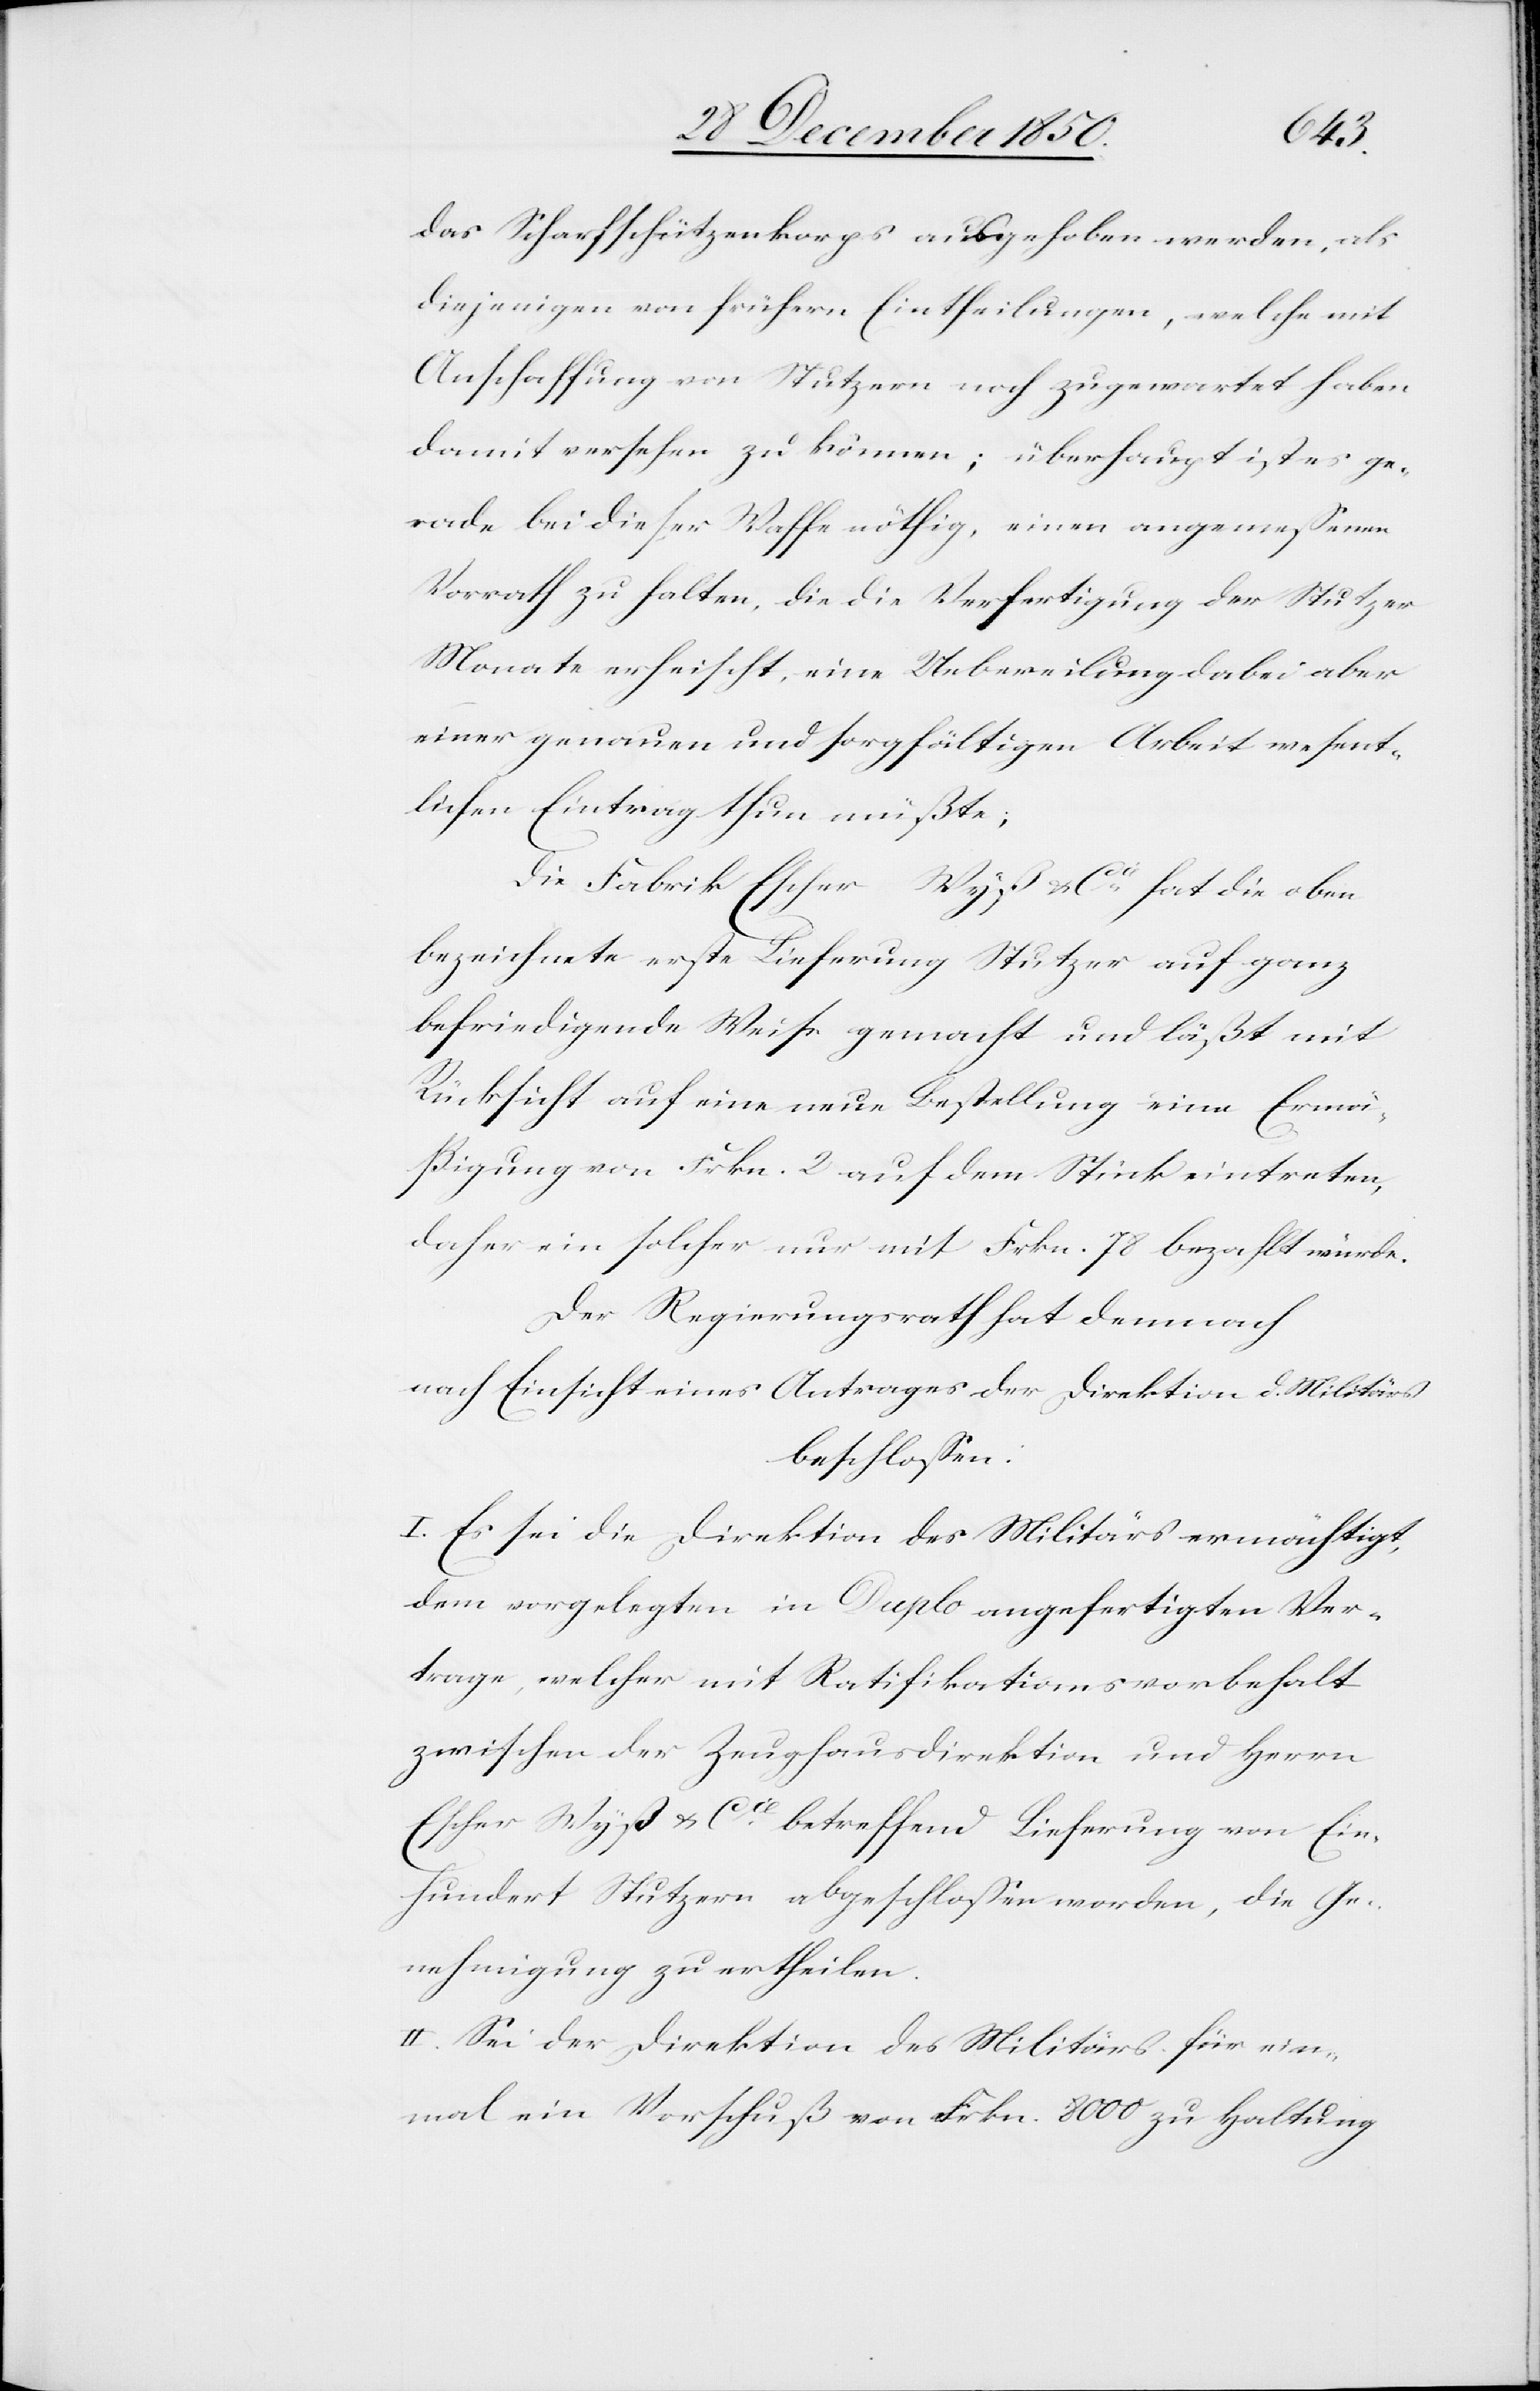
das Scharfschützenkorps ausgehoben werden, als
diejenigen von frühern Eintheilungen, welche mit
Anschaffung von Stutzern noch zugewartet haben
damit versehen zu können; überhaupt ist es ge¬
rade bei dieser Waffe nöthig, einen angemessenen
Vorrath zu halten, die die [sic!] Verfertigung der Stutzer
Monate erheischt, eine Uebereilung dabei aber
einer genauen und sorgfältigen Arbeit wesent¬
lichen Eintrag thun müßte;
Die Fabrik Escher Wyß & Cie hat die oben
bezeichnete erste Lieferung Stutzer auf ganz
befriedigende Weise gemacht und läßt mit
Rücksicht auf eine neue Bestellung eine Ermä¬
ßigung von Frkn. 2 auf dem Stück eintreten,
daher ein solcher nur mit Frkn. 78 bezahlt würde.
Der Regierungsrath hat demnach
nach Einsicht eines Antrages der Direktion d. Militärs
beschlossen:
I. Es sei die Direktion des Militärs ermächtigt,
dem vorgelegten in Duplo angefertigten Ver¬
trage, welcher mit Ratifikationsvorbehalt
zwischen der Zeughausdirektion und Herrn
Escher Wyß & Cie betreffend Lieferung von Ein¬
hundert Stutzern abgeschlossen worden, die Ge¬
nehmigung zu ertheilen.
II. Sei der Direktion des Militärs für ein¬
mal ein Vorschuß von Frkn. 8000 zu Haltung